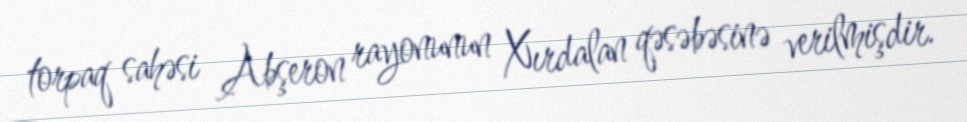
torpaq sahəsi Abşeron rayonunun Xırdalan qəsəbəsinə verilmişdir.